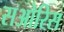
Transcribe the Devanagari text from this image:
सओरिस